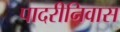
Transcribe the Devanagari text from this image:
पादरीनिवास